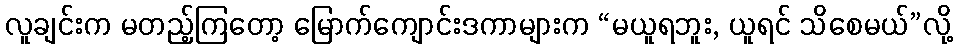
လူချင်းက မတည့်ကြတော့ မြောက်ကျောင်းဒကာများက “မယူရဘူး, ယူရင် သိစေမယ်”လို့